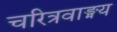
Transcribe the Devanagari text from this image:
चरित्रवाङ्मय